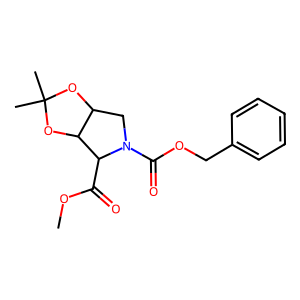
SMILES: COC(=O)C1C2OC(C)(C)OC2CN1C(=O)OCc1ccccc1
Inhibits HIV replication: No